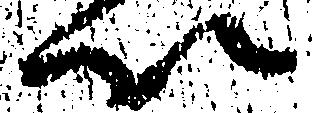
以